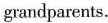
grandparents.